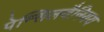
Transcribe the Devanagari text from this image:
पेन्सिलवैनियय